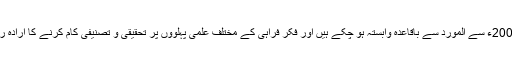
جنوری 2004ء سے المورد سے باقاعدہ وابستہ ہو چکے ہیں اور فکر فراہی کے مختلف علمی پہلووں پر تحقیقی و تصنیفی کام کرنے کا ارادہ رکھتے ہیں۔